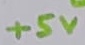
Text: +5V